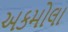
અકમોલા